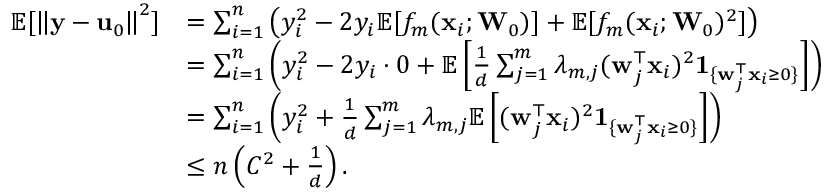
\begin{array} { r l } { \mathbb { E } [ \left\| \mathbf { y } - \mathbf { u } _ { 0 } \right\| ^ { 2 } ] } & { = \sum _ { i = 1 } ^ { n } \left( y _ { i } ^ { 2 } - 2 y _ { i } \mathbb { E } [ f _ { m } ( \mathbf { x } _ { i } ; \mathbf { W } _ { 0 } ) ] + \mathbb { E } [ f _ { m } ( \mathbf { x } _ { i } ; \mathbf { W } _ { 0 } ) ^ { 2 } ] \right) } \\ & { = \sum _ { i = 1 } ^ { n } \left( y _ { i } ^ { 2 } - 2 y _ { i } \cdot 0 + \mathbb { E } \left[ \frac { 1 } { d } \sum _ { j = 1 } ^ { m } \lambda _ { m , j } ( \mathbf { w } _ { j } ^ { \top } \mathbf { x } _ { i } ) ^ { 2 } \mathbf { 1 } _ { \{ \mathbf { w } _ { j } ^ { \top } \mathbf { x } _ { i } \geq 0 \} } \right] \right) } \\ & { = \sum _ { i = 1 } ^ { n } \left( y _ { i } ^ { 2 } + \frac { 1 } { d } \sum _ { j = 1 } ^ { m } \lambda _ { m , j } \mathbb { E } \left[ ( \mathbf { w } _ { j } ^ { \top } \mathbf { x } _ { i } ) ^ { 2 } \mathbf { 1 } _ { \{ \mathbf { w } _ { j } ^ { \top } \mathbf { x } _ { i } \geq 0 \} } \right] \right) } \\ & { \leq n \left( C ^ { 2 } + \frac { 1 } { d } \right) . } \end{array}